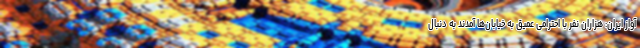
آواز ایران: هزاران نفر با احترامی عمیق به خیابان‌ها آمدند به دنبال